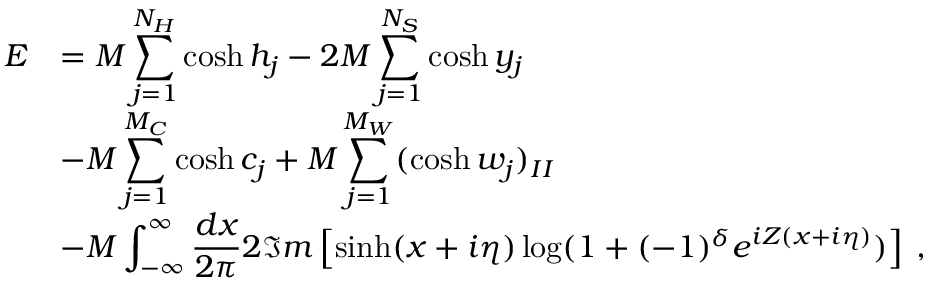
\begin{array} { r l } { { \displaystyle E } } & { { = { \cal M } \displaystyle \sum _ { j = 1 } ^ { N _ { H } } \cosh h _ { j } - 2 { \cal M } \displaystyle \sum _ { j = 1 } ^ { N _ { S } } \cosh y _ { j } } } \\ { { } } & { { - { \cal M } \displaystyle \sum _ { j = 1 } ^ { M _ { C } } \cosh c _ { j } + { \cal M } \displaystyle \sum _ { j = 1 } ^ { M _ { W } } ( \cosh w _ { j } ) _ { I I } } } \\ { { } } & { { - { \cal M } \displaystyle \int _ { - \infty } ^ { \infty } \displaystyle \frac { d x } { 2 \pi } 2 \Im m \left[ \sinh ( x + i \eta ) \log ( 1 + ( - 1 ) ^ { \delta } e ^ { i Z ( x + i \eta ) } ) \right] \: , } } \end{array}